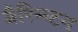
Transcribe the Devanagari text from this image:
बैरिन्ग्टन